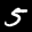
Label: 5